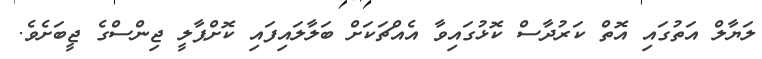
ލަޔާލް އަތުގައި އޮތް ކަރުދާސް ކޮޅުގައިވާ އެއްޗަކަށް ބަލާލައިފައި ކޮށްޕާލީ ޖިންސްގެ ޖީބަށެވެ.